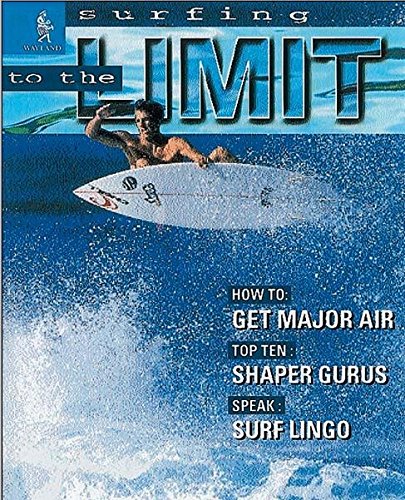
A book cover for Surfing (To the Limit); Paul Mason; Teen & Young Adult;